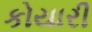
કોયારી